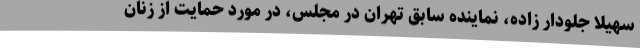
سهیلا جلودار زاده، نماینده سابق تهران در مجلس، در مورد حمایت از زنان